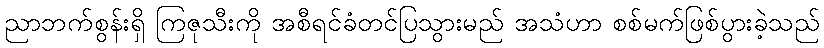
ညာဘက်စွန်းရှိ ကြဇုသီးကို အစီရင်ခံတင်ပြသွားမည် အသံဟာ စစ်မက်ဖြစ်ပွားခဲ့သည်